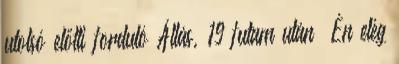
utolsó előtti forduló Állás, 19 futam után „Én elég